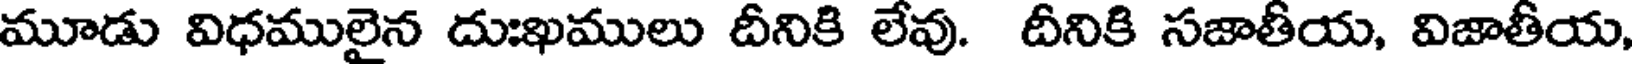
మూడు విధములైన దుఃఖములు దీనికి లేవు. దీనికి సజాతీయ, విజాతీయ,